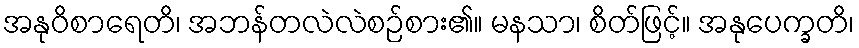
အနုဝိစာရေတိ၊ အဘန်တလဲလဲစဉ်စား၏။ မနသာ၊ စိတ်ဖြင့်။ အနုပေက္ခတိ၊